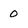
Character: 0